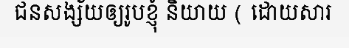
ជនសង្ស័យឲ្យរូបខ្ញុំ និយាយ ( ដោយសារ